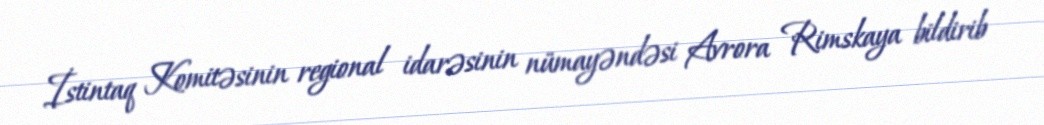
İstintaq Komitəsinin regional idarəsinin nümayəndəsi Avrora Rimskaya bildirib